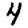
Digit: 4